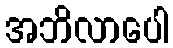
အဘိလာပေါ